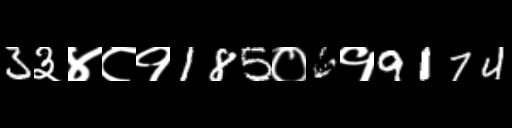
Text: 3३४८१185०6१9174